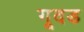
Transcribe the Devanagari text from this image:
गूदड